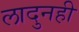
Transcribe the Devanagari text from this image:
लादुनही